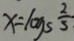
x = \log _ { 5 } \frac { 2 } { 5 }